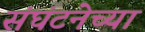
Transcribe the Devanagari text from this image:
संघंटनेच्या